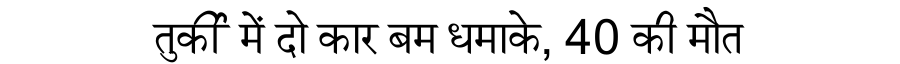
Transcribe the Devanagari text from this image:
तुर्की में दो कार बम धमाके, 40 की मौत